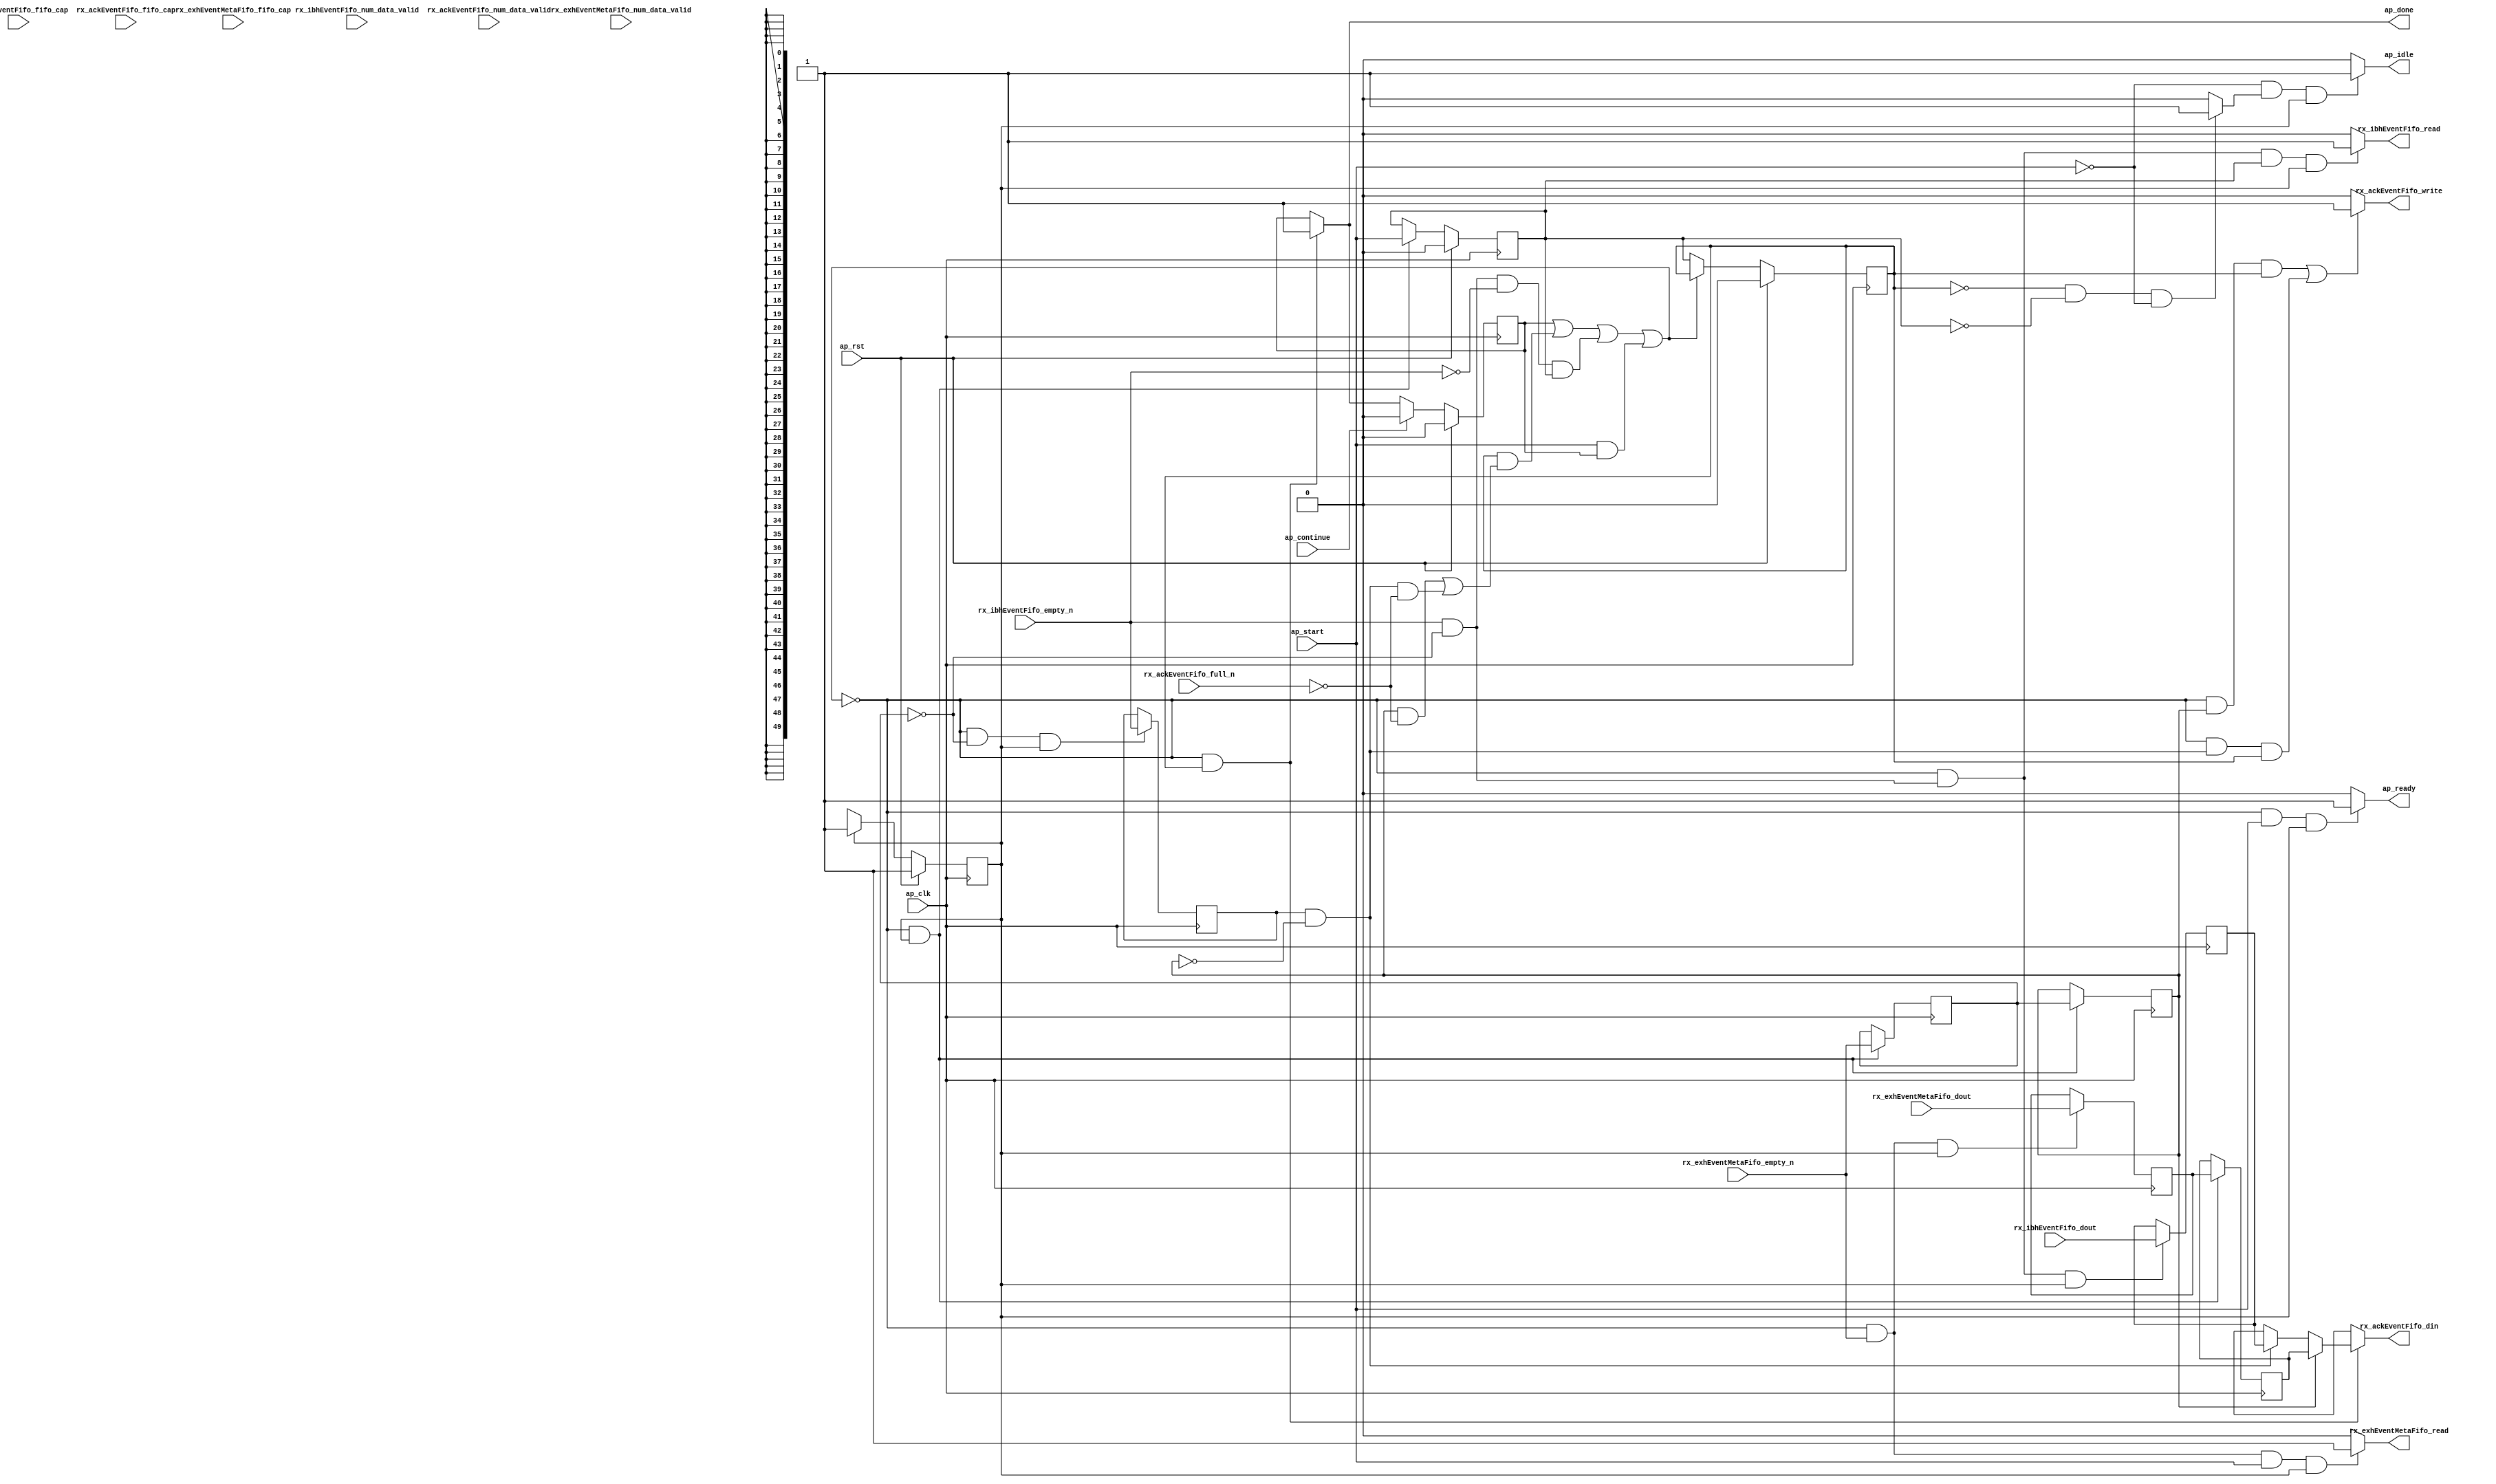
// ==============================================================
// RTL generated by Vitis HLS - High-Level Synthesis from C, C++ and OpenCL v2022.1 (64-bit)
// Version: 2022.1
// Copyright (C) Copyright 1986-2022 Xilinx, Inc. All Rights Reserved.
// 
// ===========================================================

`timescale 1 ns / 1 ps 

module rocev2_top_stream_merger_ackEvent_s (
        ap_clk,
        ap_rst,
        ap_start,
        ap_done,
        ap_continue,
        ap_idle,
        ap_ready,
        rx_exhEventMetaFifo_dout,
        rx_exhEventMetaFifo_num_data_valid,
        rx_exhEventMetaFifo_fifo_cap,
        rx_exhEventMetaFifo_empty_n,
        rx_exhEventMetaFifo_read,
        rx_ibhEventFifo_dout,
        rx_ibhEventFifo_num_data_valid,
        rx_ibhEventFifo_fifo_cap,
        rx_ibhEventFifo_empty_n,
        rx_ibhEventFifo_read,
        rx_ackEventFifo_din,
        rx_ackEventFifo_num_data_valid,
        rx_ackEventFifo_fifo_cap,
        rx_ackEventFifo_full_n,
        rx_ackEventFifo_write
);

parameter    ap_ST_fsm_pp0_stage0 = 1'd1;

input   ap_clk;
input   ap_rst;
input   ap_start;
output   ap_done;
input   ap_continue;
output   ap_idle;
output   ap_ready;
input  [49:0] rx_exhEventMetaFifo_dout;
input  [1:0] rx_exhEventMetaFifo_num_data_valid;
input  [1:0] rx_exhEventMetaFifo_fifo_cap;
input   rx_exhEventMetaFifo_empty_n;
output   rx_exhEventMetaFifo_read;
input  [49:0] rx_ibhEventFifo_dout;
input  [1:0] rx_ibhEventFifo_num_data_valid;
input  [1:0] rx_ibhEventFifo_fifo_cap;
input   rx_ibhEventFifo_empty_n;
output   rx_ibhEventFifo_read;
output  [49:0] rx_ackEventFifo_din;
input  [5:0] rx_ackEventFifo_num_data_valid;
input  [5:0] rx_ackEventFifo_fifo_cap;
input   rx_ackEventFifo_full_n;
output   rx_ackEventFifo_write;

reg ap_done;
reg ap_idle;
reg ap_ready;
reg rx_exhEventMetaFifo_read;
reg rx_ibhEventFifo_read;
reg[49:0] rx_ackEventFifo_din;
reg rx_ackEventFifo_write;

(* fsm_encoding = "none" *) reg   [0:0] ap_CS_fsm;
wire    ap_CS_fsm_pp0_stage0;
wire    ap_enable_reg_pp0_iter0;
reg    ap_enable_reg_pp0_iter1;
reg    ap_enable_reg_pp0_iter2;
reg    ap_idle_pp0;
wire   [0:0] tmp_i_nbreadreq_fu_26_p3;
reg    ap_done_reg;
reg    ap_block_state1_pp0_stage0_iter0;
reg   [0:0] tmp_i_reg_61;
wire   [0:0] tmp_i_166_nbreadreq_fu_40_p3;
reg    ap_predicate_op23_read_state2;
reg    ap_block_state2_pp0_stage0_iter1;
reg   [0:0] tmp_i_reg_61_pp0_iter1_reg;
reg   [0:0] tmp_i_166_reg_70;
reg    ap_predicate_op24_write_state3;
reg    ap_block_state3_pp0_stage0_iter2;
reg    ap_block_pp0_stage0_subdone;
reg    rx_exhEventMetaFifo_blk_n;
wire    ap_block_pp0_stage0;
reg    rx_ackEventFifo_blk_n;
reg    rx_ibhEventFifo_blk_n;
reg    ap_block_pp0_stage0_11001;
reg   [49:0] rx_exhEventMetaFifo_read_reg_65;
reg   [49:0] rx_exhEventMetaFifo_read_reg_65_pp0_iter1_reg;
reg   [49:0] rx_ibhEventFifo_read_reg_74;
reg    ap_block_pp0_stage0_01001;
reg   [0:0] ap_NS_fsm;
reg    ap_idle_pp0_0to1;
reg    ap_reset_idle_pp0;
wire    ap_enable_pp0;
wire    ap_ce_reg;

// power-on initialization
initial begin
#0 ap_CS_fsm = 1'd1;
#0 ap_enable_reg_pp0_iter1 = 1'b0;
#0 ap_enable_reg_pp0_iter2 = 1'b0;
#0 ap_done_reg = 1'b0;
end

always @ (posedge ap_clk) begin
    if (ap_rst == 1'b1) begin
        ap_CS_fsm <= ap_ST_fsm_pp0_stage0;
    end else begin
        ap_CS_fsm <= ap_NS_fsm;
    end
end

always @ (posedge ap_clk) begin
    if (ap_rst == 1'b1) begin
        ap_done_reg <= 1'b0;
    end else begin
        if ((ap_continue == 1'b1)) begin
            ap_done_reg <= 1'b0;
        end else if (((1'b0 == ap_block_pp0_stage0_subdone) & (ap_enable_reg_pp0_iter2 == 1'b1))) begin
            ap_done_reg <= 1'b1;
        end
    end
end

always @ (posedge ap_clk) begin
    if (ap_rst == 1'b1) begin
        ap_enable_reg_pp0_iter1 <= 1'b0;
    end else begin
        if (((1'b0 == ap_block_pp0_stage0_subdone) & (1'b1 == ap_CS_fsm_pp0_stage0))) begin
            ap_enable_reg_pp0_iter1 <= ap_start;
        end
    end
end

always @ (posedge ap_clk) begin
    if (ap_rst == 1'b1) begin
        ap_enable_reg_pp0_iter2 <= 1'b0;
    end else begin
        if ((1'b0 == ap_block_pp0_stage0_subdone)) begin
            ap_enable_reg_pp0_iter2 <= ap_enable_reg_pp0_iter1;
        end
    end
end

always @ (posedge ap_clk) begin
    if (((1'b0 == ap_block_pp0_stage0_11001) & (tmp_i_nbreadreq_fu_26_p3 == 1'd1) & (1'b1 == ap_CS_fsm_pp0_stage0))) begin
        rx_exhEventMetaFifo_read_reg_65 <= rx_exhEventMetaFifo_dout;
    end
end

always @ (posedge ap_clk) begin
    if (((1'b0 == ap_block_pp0_stage0_11001) & (1'b1 == ap_CS_fsm_pp0_stage0))) begin
        rx_exhEventMetaFifo_read_reg_65_pp0_iter1_reg <= rx_exhEventMetaFifo_read_reg_65;
        tmp_i_reg_61 <= tmp_i_nbreadreq_fu_26_p3;
        tmp_i_reg_61_pp0_iter1_reg <= tmp_i_reg_61;
    end
end

always @ (posedge ap_clk) begin
    if (((1'b0 == ap_block_pp0_stage0_11001) & (ap_predicate_op23_read_state2 == 1'b1) & (1'b1 == ap_CS_fsm_pp0_stage0))) begin
        rx_ibhEventFifo_read_reg_74 <= rx_ibhEventFifo_dout;
    end
end

always @ (posedge ap_clk) begin
    if (((1'b0 == ap_block_pp0_stage0_11001) & (tmp_i_reg_61 == 1'd0) & (1'b1 == ap_CS_fsm_pp0_stage0))) begin
        tmp_i_166_reg_70 <= tmp_i_166_nbreadreq_fu_40_p3;
    end
end

always @ (*) begin
    if (((1'b0 == ap_block_pp0_stage0_subdone) & (ap_enable_reg_pp0_iter2 == 1'b1))) begin
        ap_done = 1'b1;
    end else begin
        ap_done = ap_done_reg;
    end
end

always @ (*) begin
    if (((ap_start == 1'b0) & (ap_idle_pp0 == 1'b1) & (1'b1 == ap_CS_fsm_pp0_stage0))) begin
        ap_idle = 1'b1;
    end else begin
        ap_idle = 1'b0;
    end
end

always @ (*) begin
    if (((ap_enable_reg_pp0_iter2 == 1'b0) & (ap_enable_reg_pp0_iter1 == 1'b0) & (ap_enable_reg_pp0_iter0 == 1'b0))) begin
        ap_idle_pp0 = 1'b1;
    end else begin
        ap_idle_pp0 = 1'b0;
    end
end

always @ (*) begin
    if (((ap_enable_reg_pp0_iter1 == 1'b0) & (ap_enable_reg_pp0_iter0 == 1'b0))) begin
        ap_idle_pp0_0to1 = 1'b1;
    end else begin
        ap_idle_pp0_0to1 = 1'b0;
    end
end

always @ (*) begin
    if (((1'b0 == ap_block_pp0_stage0_subdone) & (ap_start == 1'b1) & (1'b1 == ap_CS_fsm_pp0_stage0))) begin
        ap_ready = 1'b1;
    end else begin
        ap_ready = 1'b0;
    end
end

always @ (*) begin
    if (((ap_start == 1'b0) & (ap_idle_pp0_0to1 == 1'b1))) begin
        ap_reset_idle_pp0 = 1'b1;
    end else begin
        ap_reset_idle_pp0 = 1'b0;
    end
end

always @ (*) begin
    if ((((1'b0 == ap_block_pp0_stage0) & (tmp_i_reg_61_pp0_iter1_reg == 1'd1) & (ap_enable_reg_pp0_iter2 == 1'b1)) | ((1'b0 == ap_block_pp0_stage0) & (ap_predicate_op24_write_state3 == 1'b1) & (ap_enable_reg_pp0_iter2 == 1'b1)))) begin
        rx_ackEventFifo_blk_n = rx_ackEventFifo_full_n;
    end else begin
        rx_ackEventFifo_blk_n = 1'b1;
    end
end

always @ (*) begin
    if (((1'b0 == ap_block_pp0_stage0_01001) & (ap_enable_reg_pp0_iter2 == 1'b1))) begin
        if ((tmp_i_reg_61_pp0_iter1_reg == 1'd1)) begin
            rx_ackEventFifo_din = rx_exhEventMetaFifo_read_reg_65_pp0_iter1_reg;
        end else if ((ap_predicate_op24_write_state3 == 1'b1)) begin
            rx_ackEventFifo_din = rx_ibhEventFifo_read_reg_74;
        end else begin
            rx_ackEventFifo_din = 'bx;
        end
    end else begin
        rx_ackEventFifo_din = 'bx;
    end
end

always @ (*) begin
    if ((((1'b0 == ap_block_pp0_stage0_11001) & (tmp_i_reg_61_pp0_iter1_reg == 1'd1) & (ap_enable_reg_pp0_iter2 == 1'b1)) | ((1'b0 == ap_block_pp0_stage0_11001) & (ap_predicate_op24_write_state3 == 1'b1) & (ap_enable_reg_pp0_iter2 == 1'b1)))) begin
        rx_ackEventFifo_write = 1'b1;
    end else begin
        rx_ackEventFifo_write = 1'b0;
    end
end

always @ (*) begin
    if (((1'b0 == ap_block_pp0_stage0) & (ap_done_reg == 1'b0) & (tmp_i_nbreadreq_fu_26_p3 == 1'd1) & (ap_start == 1'b1) & (1'b1 == ap_CS_fsm_pp0_stage0))) begin
        rx_exhEventMetaFifo_blk_n = rx_exhEventMetaFifo_empty_n;
    end else begin
        rx_exhEventMetaFifo_blk_n = 1'b1;
    end
end

always @ (*) begin
    if (((1'b0 == ap_block_pp0_stage0_11001) & (tmp_i_nbreadreq_fu_26_p3 == 1'd1) & (ap_start == 1'b1) & (1'b1 == ap_CS_fsm_pp0_stage0))) begin
        rx_exhEventMetaFifo_read = 1'b1;
    end else begin
        rx_exhEventMetaFifo_read = 1'b0;
    end
end

always @ (*) begin
    if (((1'b0 == ap_block_pp0_stage0) & (ap_predicate_op23_read_state2 == 1'b1) & (ap_enable_reg_pp0_iter1 == 1'b1) & (1'b1 == ap_CS_fsm_pp0_stage0))) begin
        rx_ibhEventFifo_blk_n = rx_ibhEventFifo_empty_n;
    end else begin
        rx_ibhEventFifo_blk_n = 1'b1;
    end
end

always @ (*) begin
    if (((1'b0 == ap_block_pp0_stage0_11001) & (ap_predicate_op23_read_state2 == 1'b1) & (ap_enable_reg_pp0_iter1 == 1'b1) & (1'b1 == ap_CS_fsm_pp0_stage0))) begin
        rx_ibhEventFifo_read = 1'b1;
    end else begin
        rx_ibhEventFifo_read = 1'b0;
    end
end

always @ (*) begin
    case (ap_CS_fsm)
        ap_ST_fsm_pp0_stage0 : begin
            ap_NS_fsm = ap_ST_fsm_pp0_stage0;
        end
        default : begin
            ap_NS_fsm = 'bx;
        end
    endcase
end

assign ap_CS_fsm_pp0_stage0 = ap_CS_fsm[32'd0];

assign ap_block_pp0_stage0 = ~(1'b1 == 1'b1);

always @ (*) begin
    ap_block_pp0_stage0_01001 = ((ap_done_reg == 1'b1) | ((ap_enable_reg_pp0_iter2 == 1'b1) & (((tmp_i_reg_61_pp0_iter1_reg == 1'd1) & (rx_ackEventFifo_full_n == 1'b0)) | ((ap_predicate_op24_write_state3 == 1'b1) & (rx_ackEventFifo_full_n == 1'b0)))) | ((ap_predicate_op23_read_state2 == 1'b1) & (rx_ibhEventFifo_empty_n == 1'b0) & (ap_enable_reg_pp0_iter1 == 1'b1)) | ((ap_start == 1'b1) & ((ap_done_reg == 1'b1) | ((tmp_i_nbreadreq_fu_26_p3 == 1'd1) & (rx_exhEventMetaFifo_empty_n == 1'b0)))));
end

always @ (*) begin
    ap_block_pp0_stage0_11001 = ((ap_done_reg == 1'b1) | ((ap_enable_reg_pp0_iter2 == 1'b1) & (((tmp_i_reg_61_pp0_iter1_reg == 1'd1) & (rx_ackEventFifo_full_n == 1'b0)) | ((ap_predicate_op24_write_state3 == 1'b1) & (rx_ackEventFifo_full_n == 1'b0)))) | ((ap_predicate_op23_read_state2 == 1'b1) & (rx_ibhEventFifo_empty_n == 1'b0) & (ap_enable_reg_pp0_iter1 == 1'b1)) | ((ap_start == 1'b1) & ((ap_done_reg == 1'b1) | ((tmp_i_nbreadreq_fu_26_p3 == 1'd1) & (rx_exhEventMetaFifo_empty_n == 1'b0)))));
end

always @ (*) begin
    ap_block_pp0_stage0_subdone = ((ap_done_reg == 1'b1) | ((ap_enable_reg_pp0_iter2 == 1'b1) & (((tmp_i_reg_61_pp0_iter1_reg == 1'd1) & (rx_ackEventFifo_full_n == 1'b0)) | ((ap_predicate_op24_write_state3 == 1'b1) & (rx_ackEventFifo_full_n == 1'b0)))) | ((ap_predicate_op23_read_state2 == 1'b1) & (rx_ibhEventFifo_empty_n == 1'b0) & (ap_enable_reg_pp0_iter1 == 1'b1)) | ((ap_start == 1'b1) & ((ap_done_reg == 1'b1) | ((tmp_i_nbreadreq_fu_26_p3 == 1'd1) & (rx_exhEventMetaFifo_empty_n == 1'b0)))));
end

always @ (*) begin
    ap_block_state1_pp0_stage0_iter0 = ((ap_done_reg == 1'b1) | ((tmp_i_nbreadreq_fu_26_p3 == 1'd1) & (rx_exhEventMetaFifo_empty_n == 1'b0)));
end

always @ (*) begin
    ap_block_state2_pp0_stage0_iter1 = ((ap_predicate_op23_read_state2 == 1'b1) & (rx_ibhEventFifo_empty_n == 1'b0));
end

always @ (*) begin
    ap_block_state3_pp0_stage0_iter2 = (((tmp_i_reg_61_pp0_iter1_reg == 1'd1) & (rx_ackEventFifo_full_n == 1'b0)) | ((ap_predicate_op24_write_state3 == 1'b1) & (rx_ackEventFifo_full_n == 1'b0)));
end

assign ap_enable_pp0 = (ap_idle_pp0 ^ 1'b1);

assign ap_enable_reg_pp0_iter0 = ap_start;

always @ (*) begin
    ap_predicate_op23_read_state2 = ((tmp_i_166_nbreadreq_fu_40_p3 == 1'd1) & (tmp_i_reg_61 == 1'd0));
end

always @ (*) begin
    ap_predicate_op24_write_state3 = ((tmp_i_166_reg_70 == 1'd1) & (tmp_i_reg_61_pp0_iter1_reg == 1'd0));
end

assign tmp_i_166_nbreadreq_fu_40_p3 = rx_ibhEventFifo_empty_n;

assign tmp_i_nbreadreq_fu_26_p3 = rx_exhEventMetaFifo_empty_n;

endmodule //rocev2_top_stream_merger_ackEvent_s